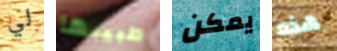
لي طبيبها يمكن هذه